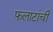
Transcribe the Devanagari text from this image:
फलाटांची